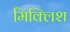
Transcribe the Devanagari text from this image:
मिक्लिश